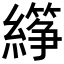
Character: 𬘈